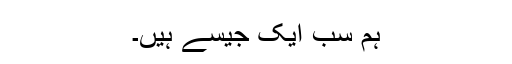
ہم سب ایک جیسے ہیں۔